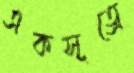
একসূত্রে